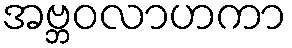
အဗ္ဘဝလာဟကာ